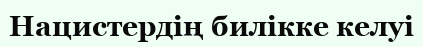
Нацистердің билікке келуі